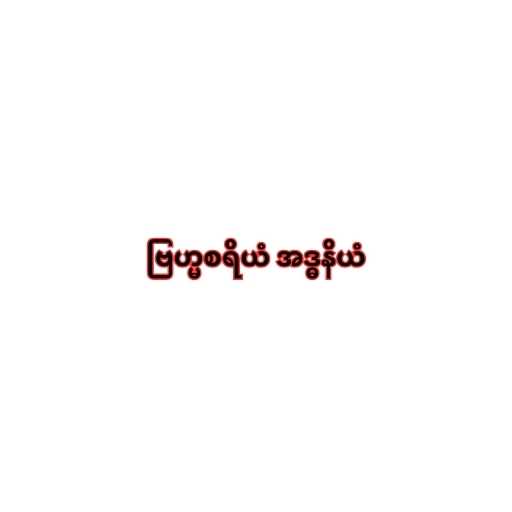
ဗြဟ္မစရိယံ အဒ္ဓနိယံ